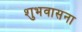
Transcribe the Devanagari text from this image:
शुभवासना